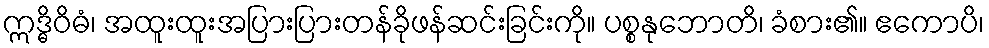
ဣဒ္ဓိဝိဓံ၊ အထူးထူးအပြားပြားတန်ခိုဖန်ဆင်းခြင်းကို။ ပစ္စနုဘောတိ၊ ခံစား၏။ ဧကောပိ၊